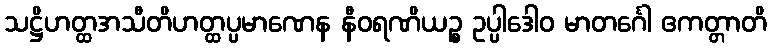
သဋ္ဌိဟတ္ထအသီတိဟတ္ထပ္ပမာဏေန နီဝရဏိယဉ္စ ဥပ္ပါဒေါဝ မာတင်္ဂေါ ဧကတ္တာတိ